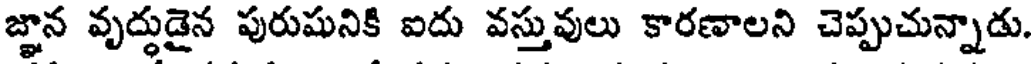
జ్ఞాన వృద్ధుడైన పురుషునికి ఐదు వస్తువులు కారణాలని చెప్పుచున్నాడు.